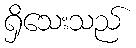
ရှိသေးသည်